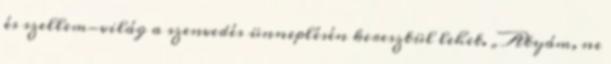
és szellem-világ a szenvedés ünneplésén keresztül lehet. „Atyám, ne